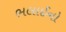
ભલાઈનો